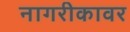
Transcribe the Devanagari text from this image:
नागरीकावर